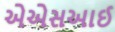
એએસઆઈ